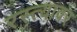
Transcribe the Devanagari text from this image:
रस्‍त्‍यावर